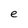
Character: e